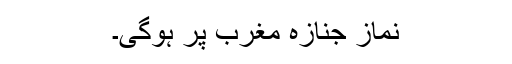
نماز جنازہ مغرب پر ہوگی۔